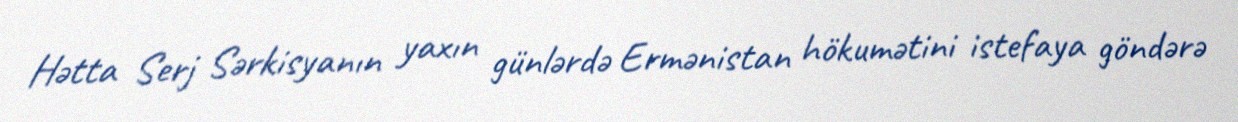
Hətta Serj Sərkisyanın yaxın günlərdə Ermənistan hökumətini istefaya göndərə